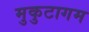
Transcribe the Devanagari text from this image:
मुकुटागम